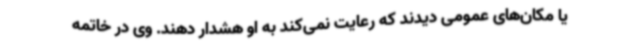
یا مکان‌های عمومی دیدند که رعایت نمی‌کند به او هشدار دهند. وی در خاتمه